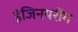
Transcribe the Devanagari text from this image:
इंजिनयरींग